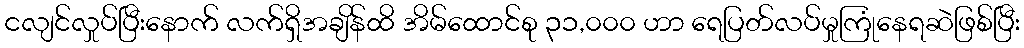
ငလျင်လှုပ်ပြီးနောက် လက်ရှိအချိန်ထိ အိမ်ထောင်စု ၃၁,၀၀၀ ဟာ ရေပြတ်လပ်မှုကြုံနေရဆဲဖြစ်ပြီး